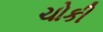
ચોકી